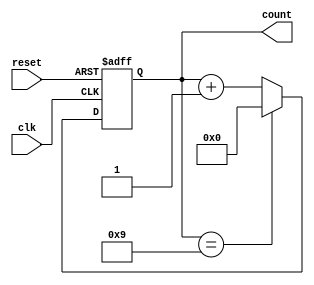
module decade_counter (
    input wire clk,         // Clock input
    input wire reset,       // Asynchronous reset input
    output reg [3:0] count  // 4-bit output for the counter
);

// Asynchronous reset and counting logic
always @(posedge clk or posedge reset) begin
    if (reset) begin
        count <= 4'b0000; // Reset the counter to 0
    end else begin
        if (count == 4'b1001) begin
            count <= 4'b0000; // Reset to 0 when count reaches 10 (1010)
        end else begin
            count <= count + 1; // Increment the counter
        end
    end
end

endmodule